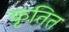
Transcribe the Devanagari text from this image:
कृतित